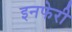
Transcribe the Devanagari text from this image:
इनफेरी